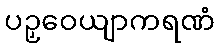
ပဉှဝေယျာကရဏံ